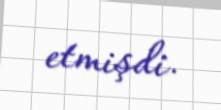
etmişdi.